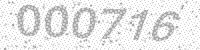
Solution: 000716